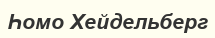
Һомо Хейдельберг